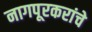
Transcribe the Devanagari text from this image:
नागपूरकरांचे